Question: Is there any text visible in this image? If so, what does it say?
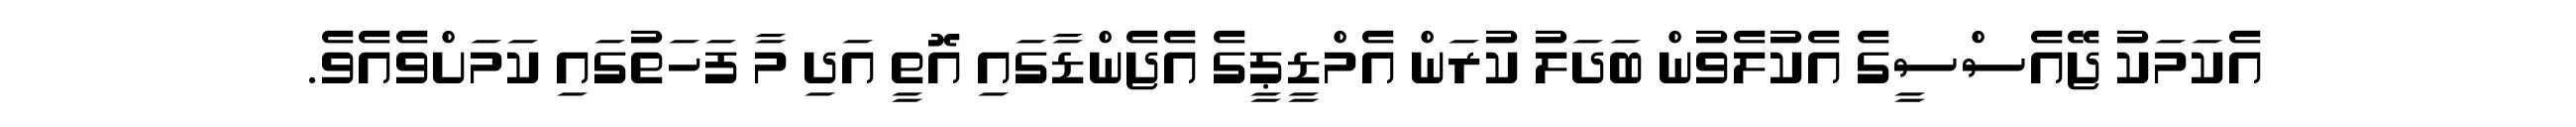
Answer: އެކަމަކު ޖޭއެސްސީގެ އެކުލެވުން ބަދަލު ކުރަން އެމްޑީޕީގެ އެޖެންޑާގައި އޮތީ އަދި މާ ފަހަތުގައި ކަމަށްވެއެވެ.